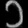
Digit: ၁